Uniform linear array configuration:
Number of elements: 24
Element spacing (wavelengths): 0.5
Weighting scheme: binomial
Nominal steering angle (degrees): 45
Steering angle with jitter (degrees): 45.292
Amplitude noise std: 0.05
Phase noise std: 0.05

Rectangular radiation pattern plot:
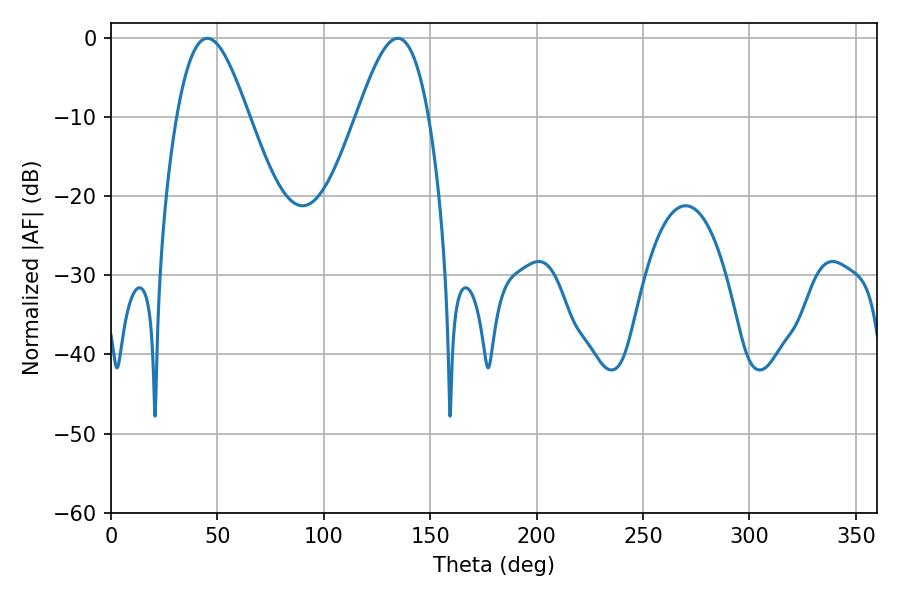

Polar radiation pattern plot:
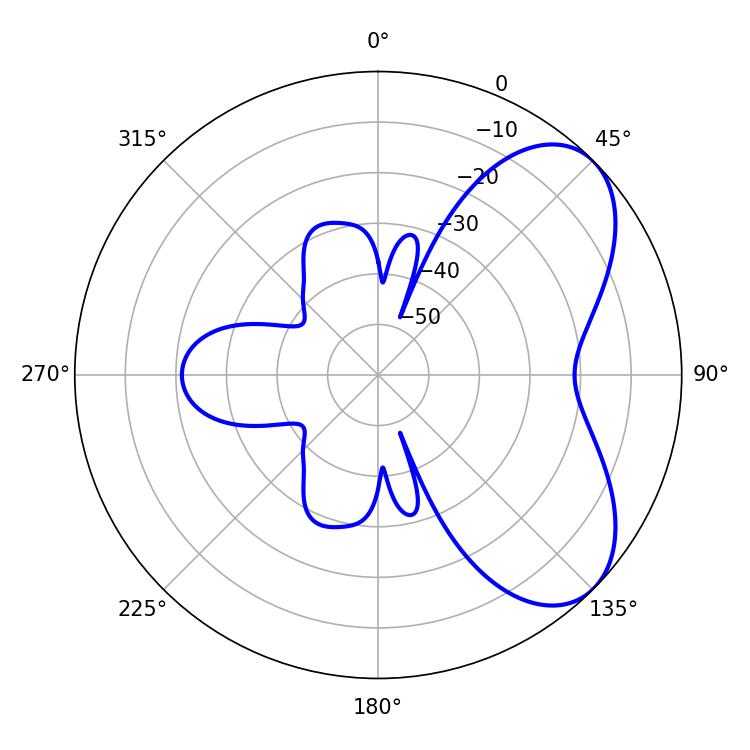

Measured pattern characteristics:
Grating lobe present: FALSE
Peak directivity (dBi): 5.993
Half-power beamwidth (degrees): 18.18
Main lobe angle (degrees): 45.18